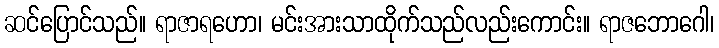
ဆင်ပြောင်သည်။ ရာဇာရဟော၊ မင်းအားသာထိုက်သည်လည်းကောင်း။ ရာဇဘောဂေါ၊